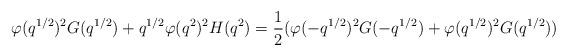
LaTeX: \begin{align*} \varphi(q^{1/2})^2G(q^{1/2})+q^{1/2}\varphi(q^2)^2H(q^2) = \dfrac{1}{2}(\varphi(-q^{1/2})^2G(-q^{1/2})+\varphi(q^{1/2})^2G(q^{1/2}))\end{align*}